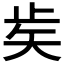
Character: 𥎩